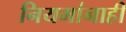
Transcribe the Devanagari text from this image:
नियमांनाही